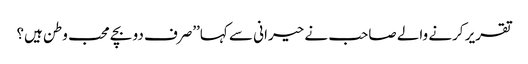
تقریر کرنے والے صاحب نے حیرانی سے کہا’’صرف دو بچے محب وطن ہیں؟